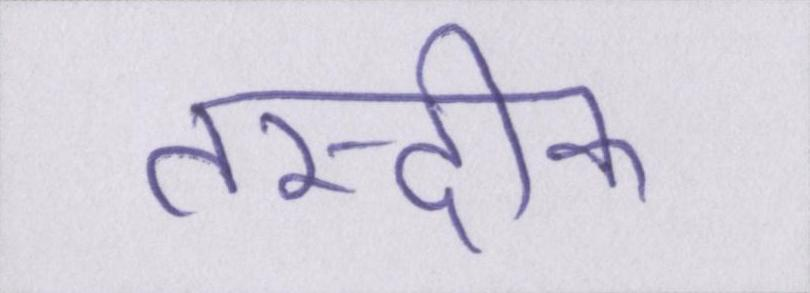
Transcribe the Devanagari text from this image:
तस्दीक